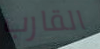
القارب